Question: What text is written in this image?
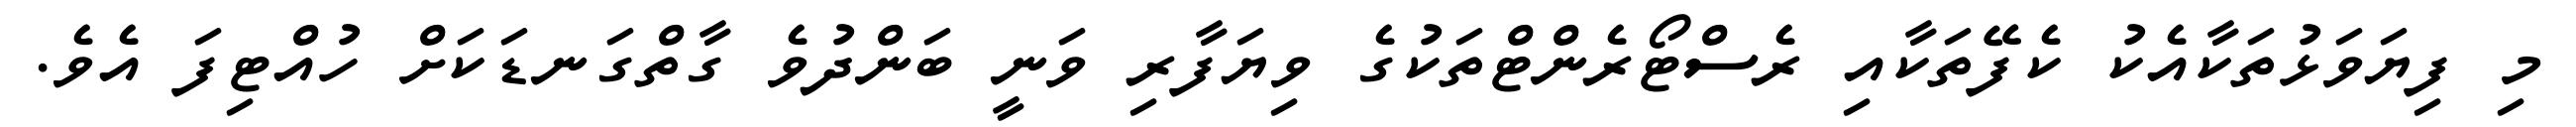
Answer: މި ފިޔަވަޅުތަކާއެކު ކެފޭތަކާއި ރެސްޓޯރެންޓްތަކުގެ ވިޔަފާރި ވަނީ ބަންދުވެ ގާތްގަނޑަކަށް ހުއްޓިފަ އެވެ.